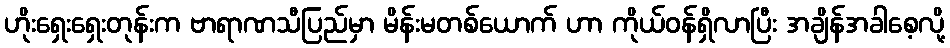
ဟိုးရှေးရှေးတုန်းက ဗာရာဏသီပြည်မှာ မိန်းမတစ်ယောက် ဟာ ကိုယ်ဝန်ရှိလာပြီး အချိန်အခါစေ့လို့